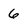
Character: 6